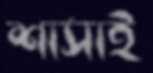
শাসাই